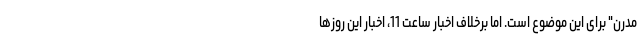
مدرن" برای این موضوع است. اما برخلاف اخبار ساعت 11، اخبار این روزها